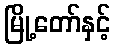
မြို့တော်နှင့်